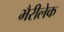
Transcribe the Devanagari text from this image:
भैरीलेक